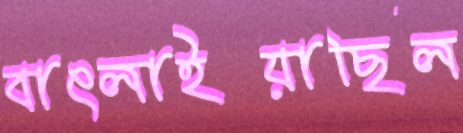
বাৎলাইয়াছিল